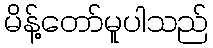
မိန့်တော်မူပါသည်